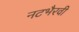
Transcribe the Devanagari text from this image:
नटभैरवी